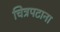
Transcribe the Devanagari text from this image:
चित्रपटाना